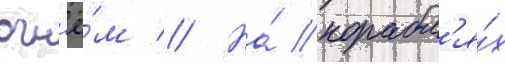
огн'ё́м // На́ корабл'я́х